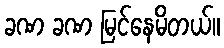
ခဏ ခဏ မြင်နေမိတယ်။